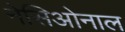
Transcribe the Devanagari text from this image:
नेसिओनाल